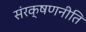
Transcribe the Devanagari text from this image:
संरक्षणनीति